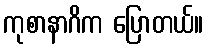
ကုစာနာဂိက ပြောတယ်။